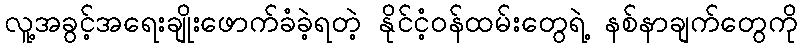
လူ့အခွင့်အရေးချိုးဖောက်ခံခဲ့ရတဲ့ နိုင်ငံ့ဝန်ထမ်းတွေရဲ့ နစ်နာချက်တွေကို